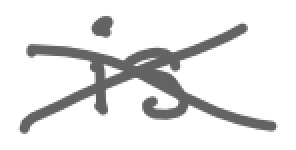
Text: is
Cross-out: cross
Writing tool: digital_gray